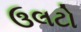
ઉલટો